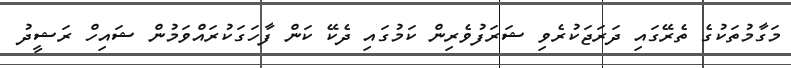
މަގާމުތަކުގެ ތެރޭގައި ދަރަޖަކުރެވި ޝަރަފުވެރިން ކަމުގައި ދެކޭ ކަން ފާހަގަކުރައްވަމުން ޝައިހް ރަޝީދު